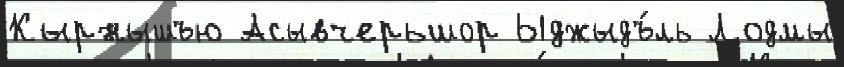
Кырнышъю Асывчерьшор Ыджыдъ́ль Лодмы